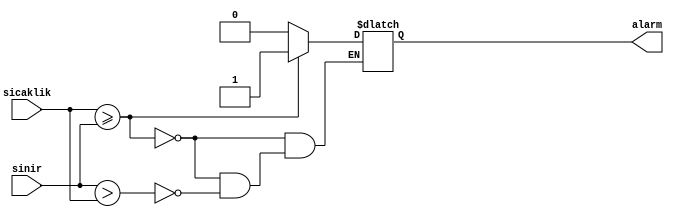
`timescale 1ns / 1ps
//////////////////////////////////////////////////////////////////////////////////
// Company: 
// Engineer: 
// 
// Design Name: 
// Module Name: sicaklik
// Project Name: 
// Target Devices: 
// Tool Versions: 
// Description: 
// 
// Dependencies: 
// 
// Revision:
// Revision 0.01 - File Created
// Additional Comments:
// 
//////////////////////////////////////////////////////////////////////////////////


module sicaklik(
input [2:0] sicaklik,
input [2:0] sinir,
output reg alarm
    );
always@*
begin
    if(sicaklik>=sinir)
    begin
        alarm =1'b1;
    end
    else if(sinir>sicaklik)
    begin
        alarm=1'b0;
    end
end
endmodule